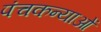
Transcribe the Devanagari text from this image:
पंचकन्याओं